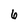
Character: 6